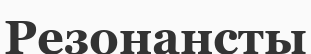
Резонансты